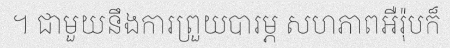
។ ជាមួយនឹងការព្រួយបារម្ភ សហភាពអឺរ៉ុបក៏